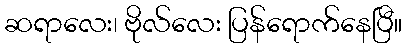
ဆရာလေး၊ ဗိုလ်လေး ပြန်ရောက်နေပြီ။